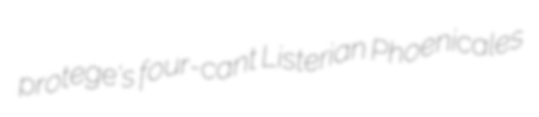
protege's four-cant Listerian Phoenicales